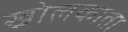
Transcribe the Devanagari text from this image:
खोलकाता